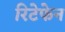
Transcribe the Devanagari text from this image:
रिटेफेन